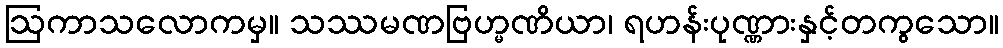
ဩကာသလောကမှ။ သဿမဏဗြဟ္မဏိယာ၊ ရဟန်းပုဏ္ဏားနှင့်တကွသော။